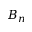
B _ { n }